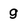
Character: g